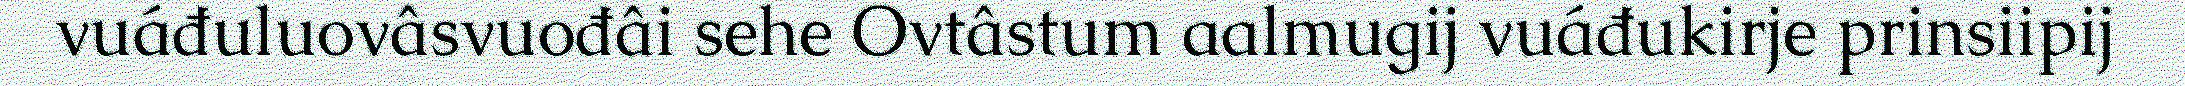
vuáđuluovâsvuođâi sehe Ovtâstum aalmugij vuáđukirje prinsiipij